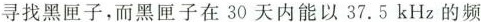
寻找黑匣子，而黑匣子在30天内能以37.5kHz的频